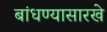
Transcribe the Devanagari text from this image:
बांधण्यासारखे